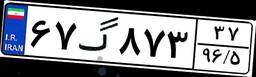
۶۷گ۸۷۳۳۷